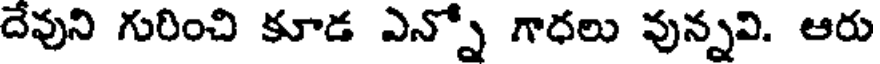
దేవుని గురించి కూడ ఎన్నో గాధలు వున్నవి. ఆరు